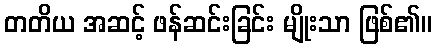
တတိယ အဆင့် ဖန်ဆင်းခြင်း မျိုးသာ ဖြစ်၏။